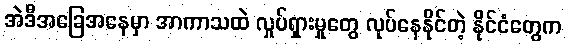
အဲဒီအခြေအနေမှာ အာကာသထဲ လှုပ်ရှားမှုတွေ လုပ်နေနိုင်တဲ့ နိုင်ငံတွေက